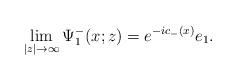
\begin{align*}\lim_{|z|\rightarrow\infty}\Psi^-_1(x;z)=e^{-ic_-(x)}e_1. \end{align*}